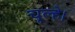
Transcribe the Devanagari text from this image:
चूल्हे।